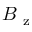
B _ { \mathrm { ~ z ~ } }